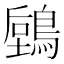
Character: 𪃫